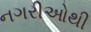
નગરીઓથી